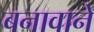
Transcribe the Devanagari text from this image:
बनावाने